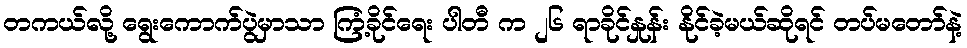
တကယ်လို့ ရွေးကောက်ပွဲမှာသာ ကြံ့ခိုင်ရေး ပါတီ က ၂၆ ရာခိုင်နှုန်း နိုင်ခဲ့မယ်ဆိုရင် တပ်မတော်နဲ့